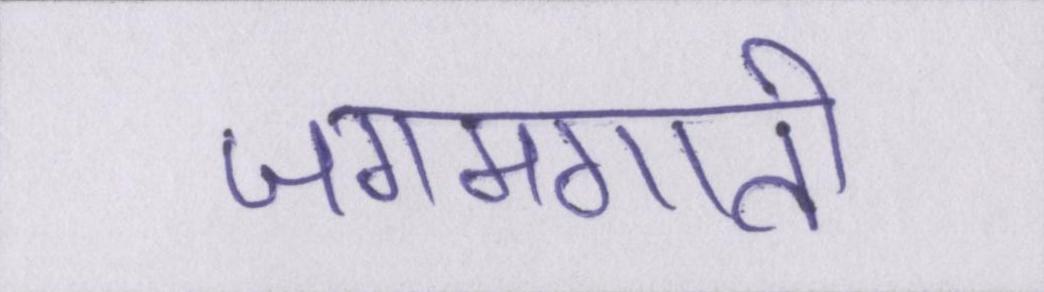
जगमगाती